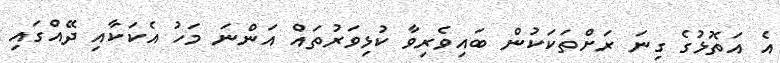
އެ އަތޮޅުގެ ގިނަ ރަށްތަކަކުން ބައިވެރިވާ ކުޅިވަރުތައް އަންނަ މަހު އެކަކާއި ދޭއްގައި